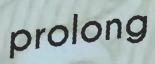
prolong